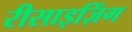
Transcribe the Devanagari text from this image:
रीसाइज़िंग